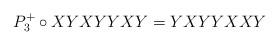
LaTeX: \begin{align*}P_3^{+}\circ XYXYYXY=YXYYXXY\end{align*}